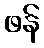
ဖန်